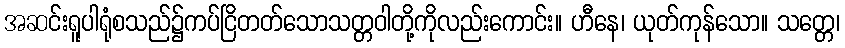
အဆင်းရူပါရုံစသည်၌ကပ်ငြိတတ်သောသတ္တဝါတို့ကိုလည်းကောင်း။ ဟီနေ၊ ယုတ်ကုန်သော။ သတ္တေ၊